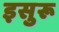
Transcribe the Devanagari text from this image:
इसुरू